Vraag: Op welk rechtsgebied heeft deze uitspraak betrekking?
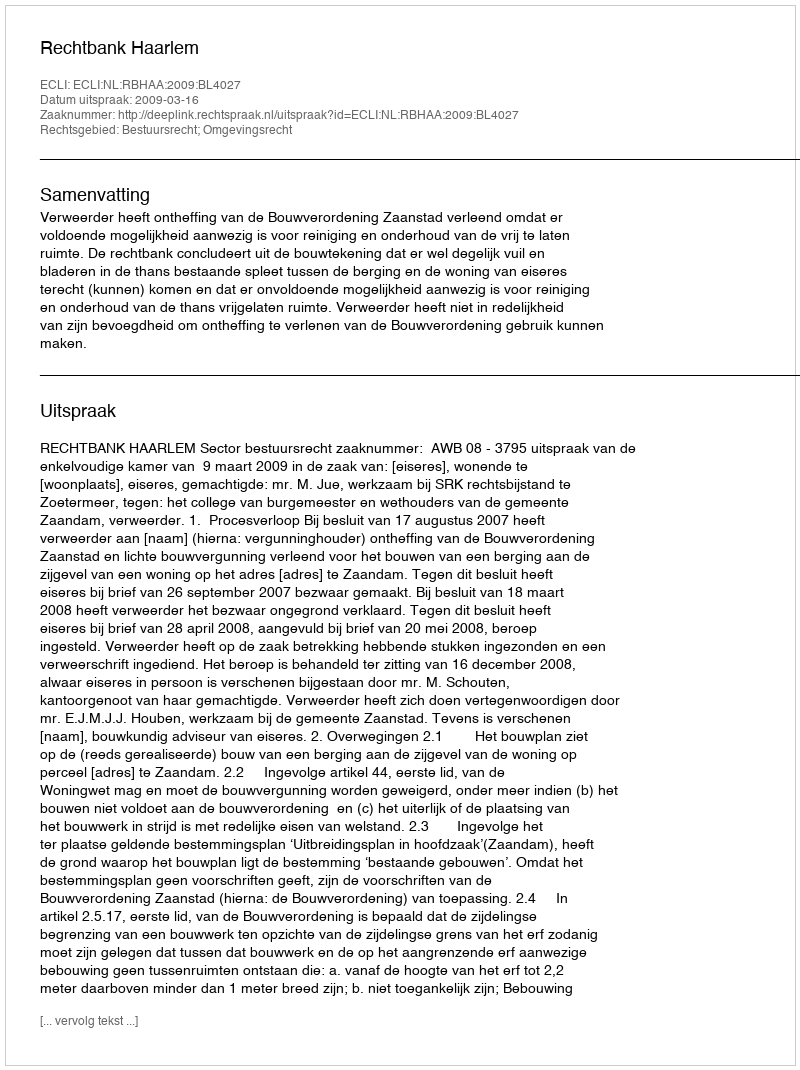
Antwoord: Bestuursrecht; Omgevingsrecht